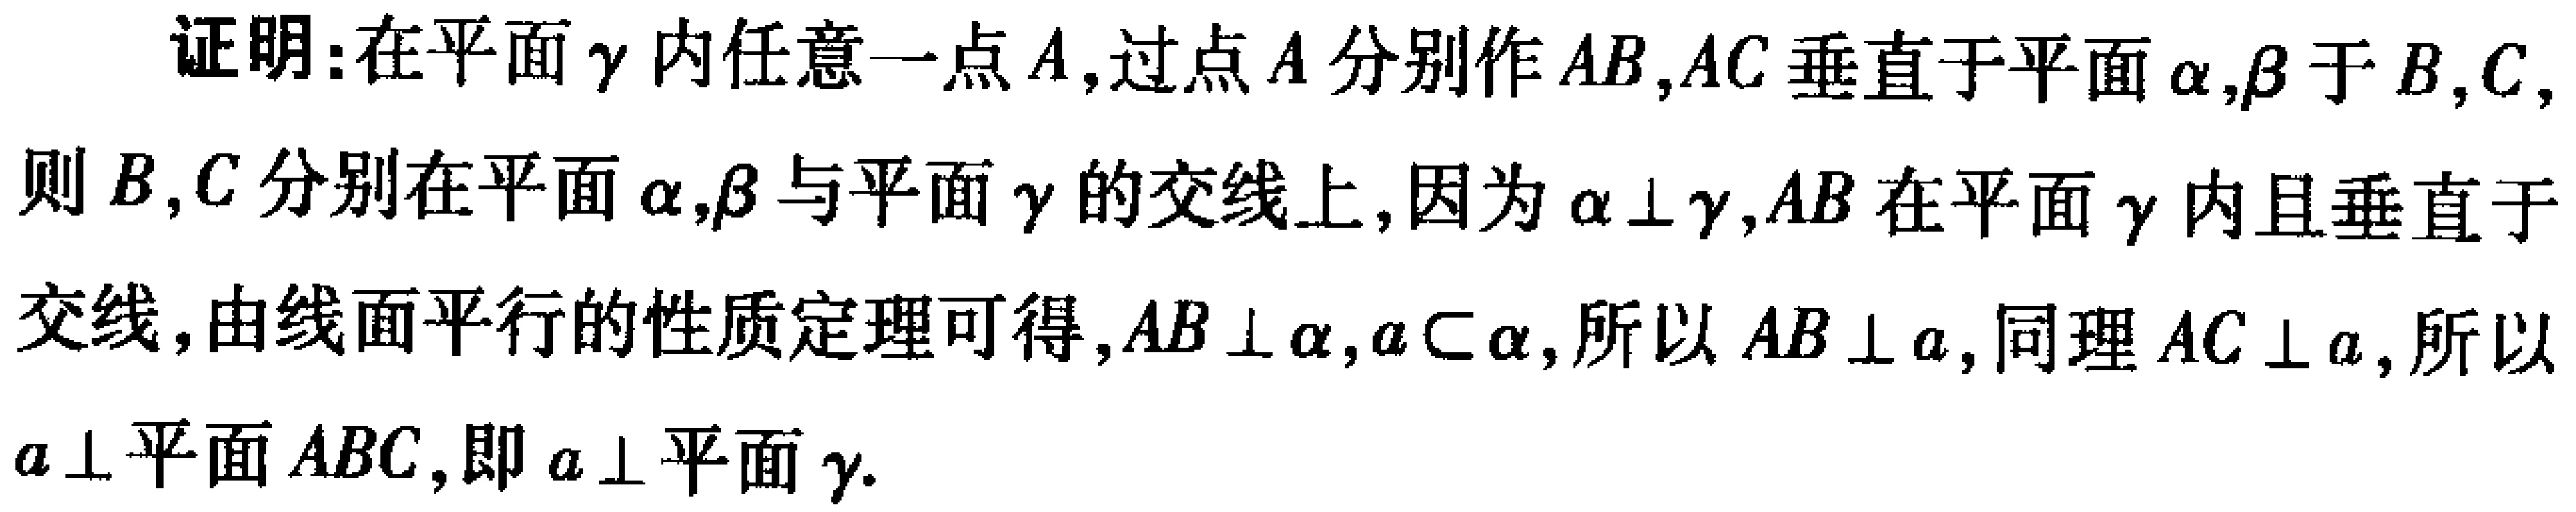
证明：在平面\(\gamma\)内任意一点\(A\)，过点\(A\)分别作\(AB,AC\)垂直于平面\(\alpha,\beta\)于\(B,C\)，则\(B,C\)分别在平面\(\alpha,\beta\)与平面\(\gamma\)的交线上，因为\(\alpha\perp\gamma\)，\(AB\)在平面\(\gamma\)内且垂直于交线，由线面平行的性质定理可得，\(AB\perp\alpha\)，\(a\subset\alpha\)，所以\(AB\perp a\)，同理\(AC\perp a\)，所以\(a\perp\)平面\(ABC\)，即\(a\perp\)平面\(\gamma\)。